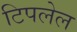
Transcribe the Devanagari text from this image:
टिपलेल